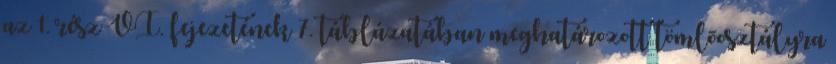
az 1. rész VI. fejezetének 7. táblázatában meghatározott tömlõosztályra